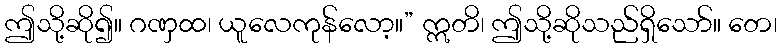
ဤသို့ဆို၍။ ဂဏှထ၊ ယူလေကုန်လော့။” ဣတိ၊ ဤသို့ဆိုသည်ရှိသော်။ တေ၊